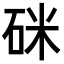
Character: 𥒄